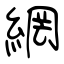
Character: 網